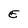
Character: E